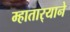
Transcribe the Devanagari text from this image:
म्हातार्‍याने